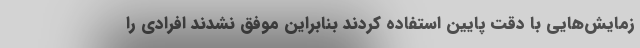
زمایش‌هایی با دقت پایین استفاده کردند بنابراین موفق نشدند افرادی را